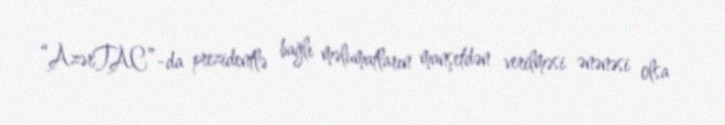
“AzərTAC”-da prezidentlə bağlı məlumatların manşetdən verilməsi ənənəsi olsa